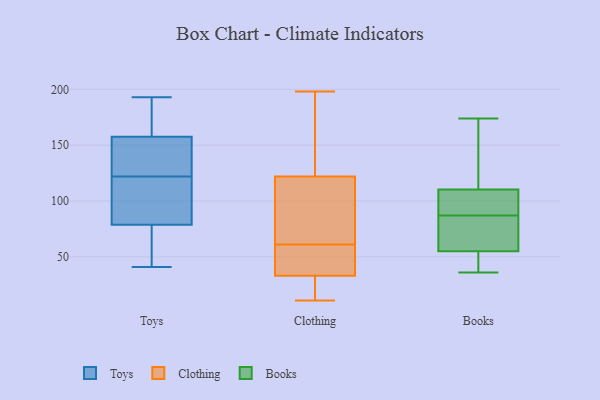
{"axis": {"x": "Budget (USD K)", "y": "Value"}, "legend": ["Books", "Clothing", "Toys"], "data": [{"x": "", "y": 41, "type": "Toys"}, {"x": "", "y": 184, "type": "Toys"}, {"x": "", "y": 139, "type": "Toys"}, {"x": "", "y": 164, "type": "Toys"}, {"x": "", "y": 88, "type": "Toys"}, {"x": "", "y": 153, "type": "Toys"}, {"x": "", "y": 159, "type": "Toys"}, {"x": "", "y": 56, "type": "Toys"}, {"x": "", "y": 127, "type": "Toys"}, {"x": "", "y": 145, "type": "Toys"}, {"x": "", "y": 78, "type": "Toys"}, {"x": "", "y": 193, "type": "Toys"}, {"x": "", "y": 104, "type": "Toys"}, {"x": "", "y": 81, "type": "Toys"}, {"x": "", "y": 93, "type": "Toys"}, {"x": "", "y": 62, "type": "Toys"}, {"x": "", "y": 77, "type": "Toys"}, {"x": "", "y": 122, "type": "Toys"}, {"x": "", "y": 183, "type": "Toys"}, {"x": "", "y": 40, "type": "Clothing"}, {"x": "", "y": 72, "type": "Clothing"}, {"x": "", "y": 97, "type": "Clothing"}, {"x": "", "y": 197, "type": "Clothing"}, {"x": "", "y": 11, "type": "Clothing"}, {"x": "", "y": 115, "type": "Clothing"}, {"x": "", "y": 132, "type": "Clothing"}, {"x": "", "y": 47, "type": "Clothing"}, {"x": "", "y": 169, "type": "Clothing"}, {"x": "", "y": 110, "type": "Clothing"}, {"x": "", "y": 12, "type": "Clothing"}, {"x": "", "y": 32, "type": "Clothing"}, {"x": "", "y": 72, "type": "Clothing"}, {"x": "", "y": 50, "type": "Clothing"}, {"x": "", "y": 42, "type": "Clothing"}, {"x": "", "y": 34, "type": "Clothing"}, {"x": "", "y": 28, "type": "Clothing"}, {"x": "", "y": 198, "type": "Clothing"}, {"x": "", "y": 31, "type": "Clothing"}, {"x": "", "y": 129, "type": "Clothing"}, {"x": "", "y": 90, "type": "Books"}, {"x": "", "y": 174, "type": "Books"}, {"x": "", "y": 51, "type": "Books"}, {"x": "", "y": 87, "type": "Books"}, {"x": "", "y": 115, "type": "Books"}, {"x": "", "y": 43, "type": "Books"}, {"x": "", "y": 77, "type": "Books"}, {"x": "", "y": 166, "type": "Books"}, {"x": "", "y": 36, "type": "Books"}, {"x": "", "y": 96, "type": "Books"}, {"x": "", "y": 67, "type": "Books"}]}